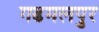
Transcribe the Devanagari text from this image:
गढमलपुर